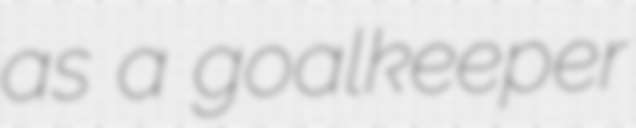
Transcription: as a goalkeeper